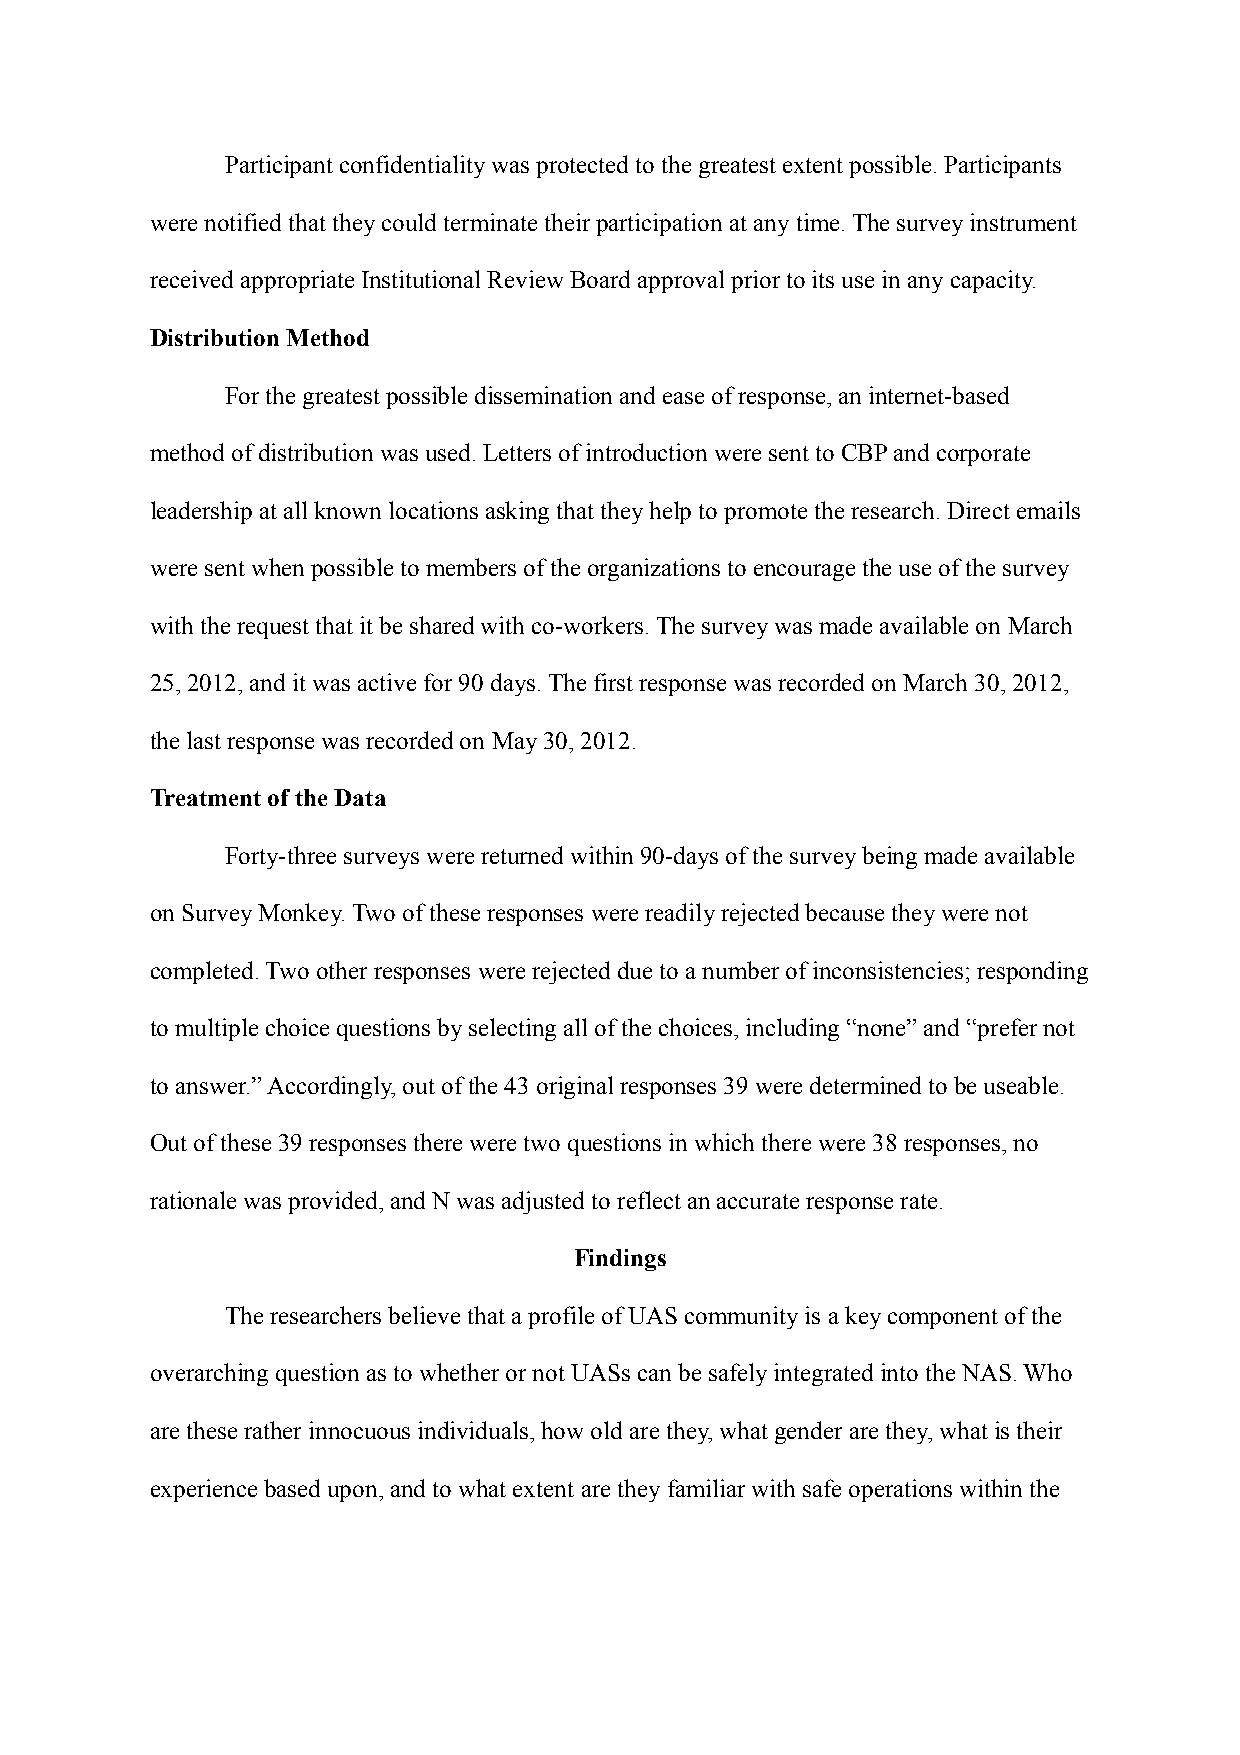
Participant confidentiality was protected to the greatest extent possible. Participants
 were notified that they could terminate their participation at any time. The survey instrument
 received appropriate Institutional Review Board approval prior to its use in any capacity.
 Distribution Method
 For the greatest possible dissemination and ease of response, an internet-based
 method of distribution was used. Letters of introduction were sent to CBP and corporate
 leadership at all known locations asking that they help to promote the research. Direct emails
 were sent when possible to members of the organizations to encourage the use of the survey
 with the request that it be shared with co-workers. The survey was made available on March
 25, 2012, and it was active for 90 days. The first response was recorded on March 30, 2012,
 the last response was recorded on May 30, 2012.
 Treatment of the Data
 Forty-three surveys were returned within 90-days of the survey being made available
 on Survey Monkey. Two of these responses were readily rejected because they were not
 completed. Two other responses were rejected due to a number of inconsistencies; responding
 to multiple choice questions by selecting all of the choices, including “none” and “prefer not
 to answer.” Accordingly, out of the 43 original responses 39 were determined to be useable.
 Out of these 39 responses there were two questions in which there were 38 responses, no
 rationale was provided, and N was adjusted to reflect an accurate response rate.
 Findings
 The researchers believe that a profile of UAS community is a key component of the
 overarching question as to whether or not UASs can be safely integrated into the NAS. Who
 are these rather innocuous individuals, how old are they, what gender are they, what is their
 experience based upon, and to what extent are they familiar with safe operations within the